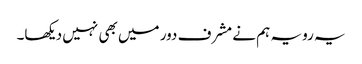
یہ رویہ ہم نے مشرف دور میں بھی نہیں دیکھا۔